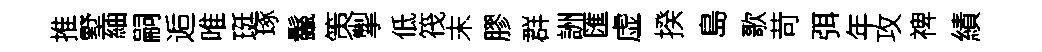
推墅紬嗣逅唯珽琢鬣策掣低筏末膠群詶匯虚揆島歌苛弭年攻禆績